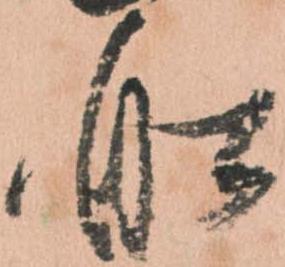
船